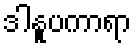
ဒါနူပကာရာ